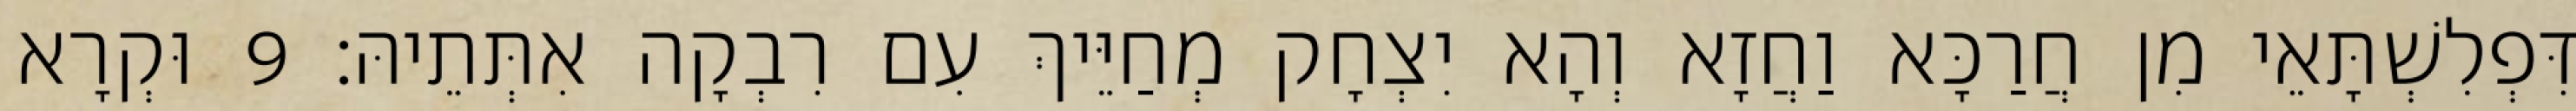
דִּפְלִשְׁתָּאֵי מִן חֲרַכָּא וַחֲזָא וְהָא יִצְחָק מְחַיֵּיךְ עִם רִבְקָה אִתְּתֵיהּ׃ 9 וּקְרָא